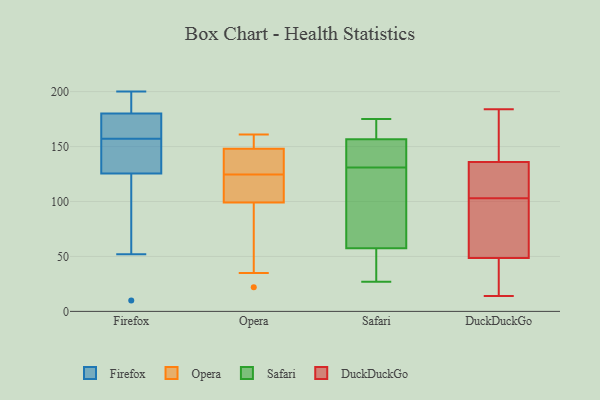
{"axis": {"x": "Page Views", "y": "Value"}, "legend": ["DuckDuckGo", "Firefox", "Opera", "Safari"], "data": [{"x": "", "y": 158, "type": "Firefox"}, {"x": "", "y": 52, "type": "Firefox"}, {"x": "", "y": 176, "type": "Firefox"}, {"x": "", "y": 200, "type": "Firefox"}, {"x": "", "y": 130, "type": "Firefox"}, {"x": "", "y": 143, "type": "Firefox"}, {"x": "", "y": 10, "type": "Firefox"}, {"x": "", "y": 157, "type": "Firefox"}, {"x": "", "y": 178, "type": "Firefox"}, {"x": "", "y": 199, "type": "Firefox"}, {"x": "", "y": 112, "type": "Firefox"}, {"x": "", "y": 133, "type": "Firefox"}, {"x": "", "y": 186, "type": "Firefox"}, {"x": "", "y": 101, "type": "Opera"}, {"x": "", "y": 137, "type": "Opera"}, {"x": "", "y": 153, "type": "Opera"}, {"x": "", "y": 151, "type": "Opera"}, {"x": "", "y": 119, "type": "Opera"}, {"x": "", "y": 161, "type": "Opera"}, {"x": "", "y": 35, "type": "Opera"}, {"x": "", "y": 22, "type": "Opera"}, {"x": "", "y": 97, "type": "Opera"}, {"x": "", "y": 101, "type": "Opera"}, {"x": "", "y": 145, "type": "Opera"}, {"x": "", "y": 130, "type": "Opera"}, {"x": "", "y": 68, "type": "Safari"}, {"x": "", "y": 161, "type": "Safari"}, {"x": "", "y": 27, "type": "Safari"}, {"x": "", "y": 89, "type": "Safari"}, {"x": "", "y": 175, "type": "Safari"}, {"x": "", "y": 138, "type": "Safari"}, {"x": "", "y": 131, "type": "Safari"}, {"x": "", "y": 54, "type": "Safari"}, {"x": "", "y": 144, "type": "Safari"}, {"x": "", "y": 175, "type": "Safari"}, {"x": "", "y": 33, "type": "Safari"}, {"x": "", "y": 151, "type": "DuckDuckGo"}, {"x": "", "y": 100, "type": "DuckDuckGo"}, {"x": "", "y": 33, "type": "DuckDuckGo"}, {"x": "", "y": 64, "type": "DuckDuckGo"}, {"x": "", "y": 14, "type": "DuckDuckGo"}, {"x": "", "y": 184, "type": "DuckDuckGo"}, {"x": "", "y": 83, "type": "DuckDuckGo"}, {"x": "", "y": 135, "type": "DuckDuckGo"}, {"x": "", "y": 106, "type": "DuckDuckGo"}, {"x": "", "y": 106, "type": "DuckDuckGo"}, {"x": "", "y": 137, "type": "DuckDuckGo"}, {"x": "", "y": 27, "type": "DuckDuckGo"}]}